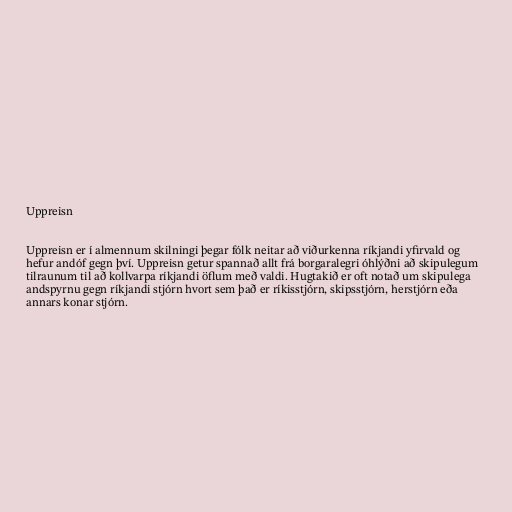
Uppreisn

Uppreisn er í almennum skilningi þegar fólk neitar að viðurkenna ríkjandi yfirvald og
hefur andóf gegn því. Uppreisn getur spannað allt frá borgaralegri óhlýðni að skipulegum
tilraunum til að kollvarpa ríkjandi öflum með valdi. Hugtakið er oft notað um skipulega
andspyrnu gegn ríkjandi stjórn hvort sem það er ríkisstjórn, skipsstjórn, herstjórn eða
annars konar stjórn.